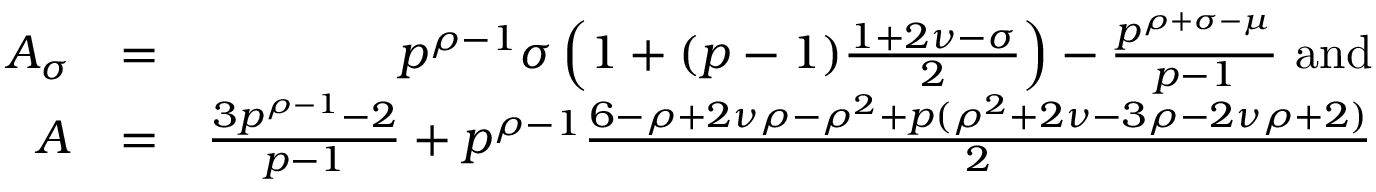
\begin{array} { r l r } { A _ { \sigma } } & { = } & { p ^ { \rho - 1 } \sigma \left( 1 + ( p - 1 ) \frac { 1 + 2 \nu - \sigma } { 2 } \right) - \frac { p ^ { \rho + \sigma - \mu } } { p - 1 } \mathrm { ~ a n d } } \\ { A } & { = } & { \frac { 3 p ^ { \rho - 1 } - 2 } { p - 1 } + p ^ { \rho - 1 } \frac { 6 - \rho + 2 \nu \rho - \rho ^ { 2 } + p ( \rho ^ { 2 } + 2 \nu - 3 \rho - 2 \nu \rho + 2 ) } { 2 } } \end{array}